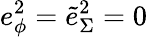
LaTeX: e_{\phi}^{2}=\tilde{e}_{\Sigma}^{2}=0